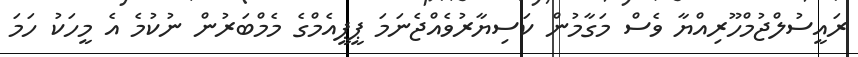
ރައީސުލްޖުމްހޫރިއްޔާ ވެސް މަގާމުން ކަސިޔާރުވެއްޖެނަމަ ޕީޕީއެމްގެ މެމްބަރުން ނުކުމެ އެ މީހަކު ހަމަ